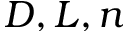
D , L , n